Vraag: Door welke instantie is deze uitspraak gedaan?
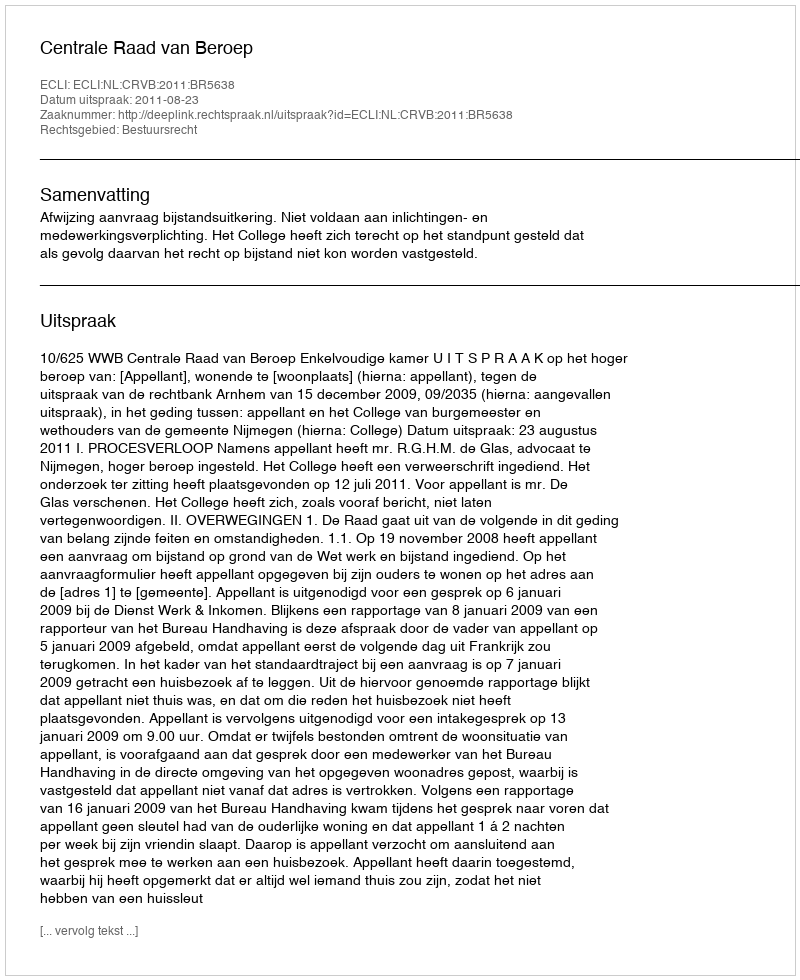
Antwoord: Centrale Raad van Beroep